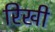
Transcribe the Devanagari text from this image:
रिखी